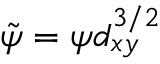
\tilde { \psi } = \psi d _ { x y } ^ { 3 / 2 }